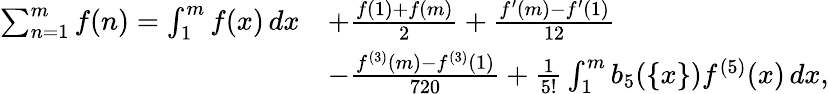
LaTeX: \begin{array}{rl}{\sum_{n=1}^{m}f(n)=\int_{1}^{m}f(x)\, dx}&{+\frac{f(1)+f(m)}{2}+\frac{f^{\prime}(m)-f^{\prime}(1)}{12}}\\ &{-\frac{f^{(3)}(m)-f^{(3)}(1)}{720}+\frac{1}{5!}\int_{1}^{m}b_{5}(\{ x\} )f^{(5)}(x)\, dx,}\end{array}